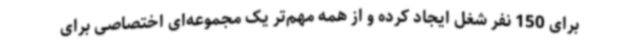
برای 150 نفر شغل ایجاد کرده و از همه مهم‌تر یک مجموعه‌ای اختصاصی برای